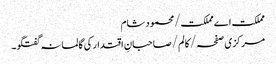
مملکت اے مملکت/محمود شام
مرکزی صفحہ/ کالم/صاحبانِ اقتدار کی گالمانہ گفتگو۔